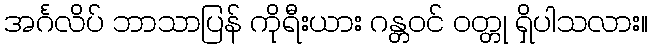
အင်္ဂလိပ် ဘာသာပြန် ကိုရီးယား ဂန္တဝင် ဝတ္တု ရှိပါသလား။